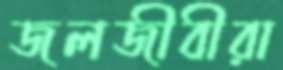
জলজীবীরা